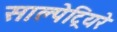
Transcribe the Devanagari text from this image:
साल्पेट्रियरे